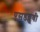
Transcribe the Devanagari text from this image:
एसडब्लूवी